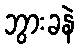
ဘွားခနဲ